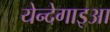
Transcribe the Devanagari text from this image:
येन्देगाइआ